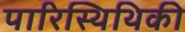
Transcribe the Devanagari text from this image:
पारिस्थिथिकी